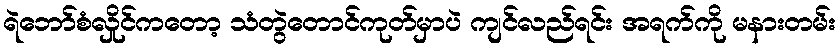
ရဲဘော်စံလှိုင်ကတော့ သံတွဲတောင်ကုတ်မှာပဲ ကျင်လည်ရင်း အရက်ကို မနားတမ်း